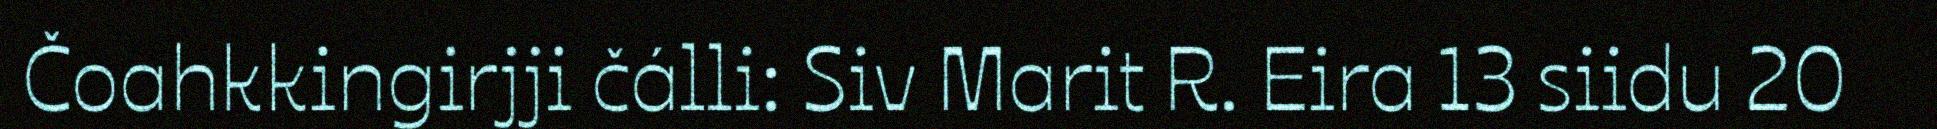
Čoahkkingirjji čálli: Siv Marit R. Eira 13 siidu 20